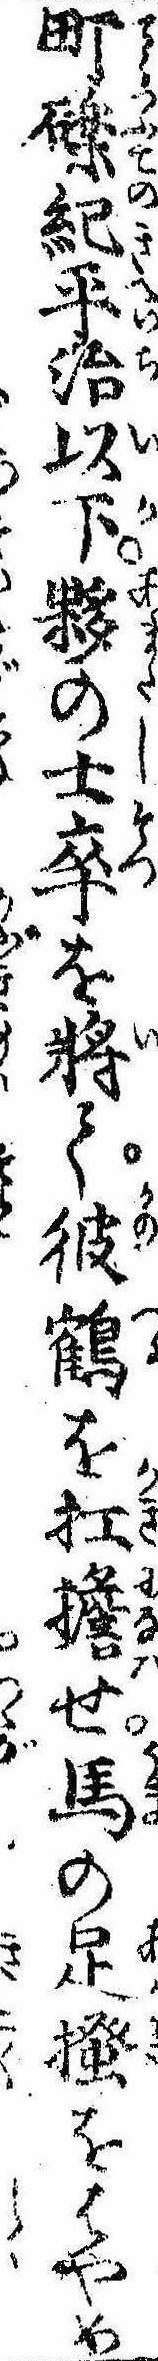
町礫紀平治以下夥の士卒を将て彼鶴を扛担せ馬の足掻をはやめ